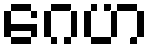
ဂေဟ